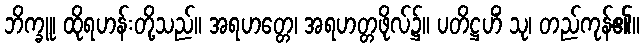
ဘိက္ခူ၊ ထိုရဟန်းတို့သည်။ အရဟတ္တေ၊ အရဟတ္တဖိုလ်၌။ ပတိဋ္ဌဟိံ သု၊ တည်ကုန်၏။